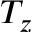
T _ { z }